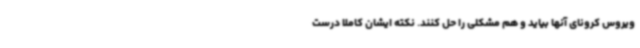
ویروس کرونای آنها بیاید و هم مشکلی را حل کنند. نکته ایشان کاملا درست